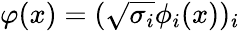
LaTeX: \varphi(x)=({\sqrt{\sigma_{i}}}\phi_{i}(x))_{i}